Lock hospitals Punjab
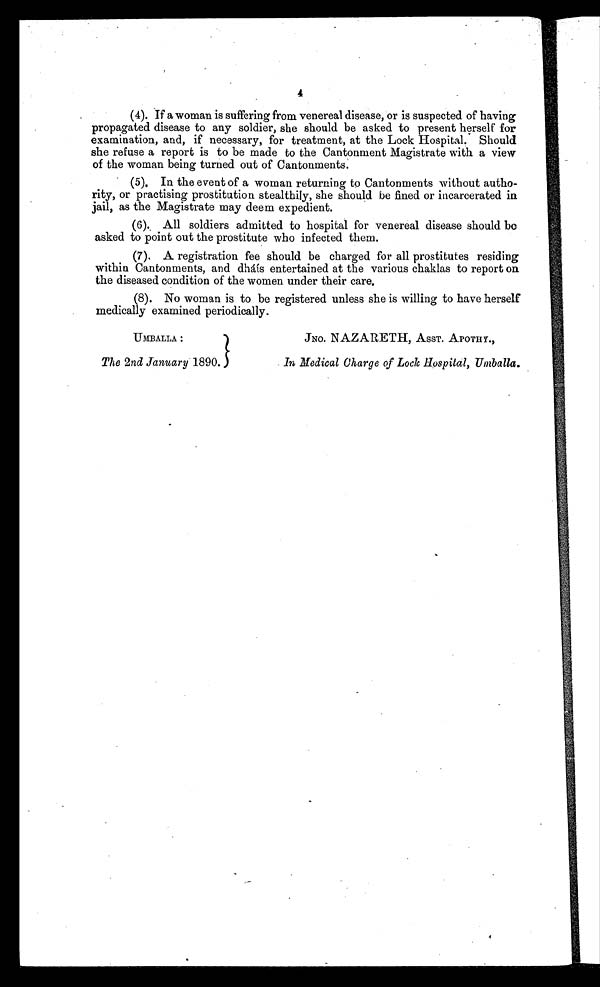
4
(4). If a woman is suffering from venereal disease, or is suspected of having
propagated disease to any soldier, she should be asked to present herself for
examination, and, if necessary, for treatment, at the Lock Hospital. Should
she refuse a report is to be made to the Cantonment Magistrate with a view
of the woman being turned out of Cantonments.
(5).
In the event of a woman returning to Cantonments without autho
- r i t y , o r p r a c t i s i n g p r o s t i t u t i o n s t e a l t h i l y , s h e s h o u l d b e f i n e d o r i n c a r c e r a t e d i n
jail, as the Magistrate may deem expedient.
(6). All soldiers admitted to hospital for venereal disease should be
asked to point out the prostitute who infected them.
(7). A registration fee should be charged for all prostitutes residing
within Cantonments, and dháís entertained at the various chaklas to report on
the diseased condition of the women under their care.
(8).
No woman is to be registered unless she is willing to have herself
medically examined periodically.
UMBALLA :
The 2nd January 1890.
JNO. NAZARETH, ASST. APOTHY.,
In Medical Charge of Lock Hospital, Umballa.